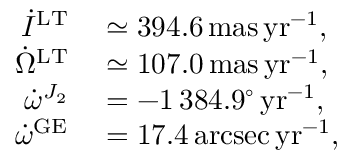
\begin{array} { r l } { \dot { I } ^ { \mathrm { L T } } } & { { } \simeq 3 9 4 . 6 \, \mathrm { m a s \, y r } ^ { - 1 } , } \\ { \dot { \Omega } ^ { \mathrm { L T } } } & { { } \simeq 1 0 7 . 0 \, \mathrm { m a s \, y r } ^ { - 1 } , } \\ { \dot { \omega } ^ { J _ { 2 } } } & { { } = - 1 \, 3 8 4 . 9 ^ { \circ } \, \mathrm { y r } ^ { - 1 } , } \\ { \dot { \omega } ^ { \mathrm { G E } } } & { { } = 1 7 . 4 \, \mathrm { a r c s e c \, y r } ^ { - 1 } , } \end{array}